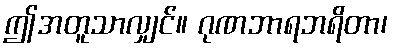
ဤအတူသာလျှင်။ ဂုဏဘာရဘရိတာ၊